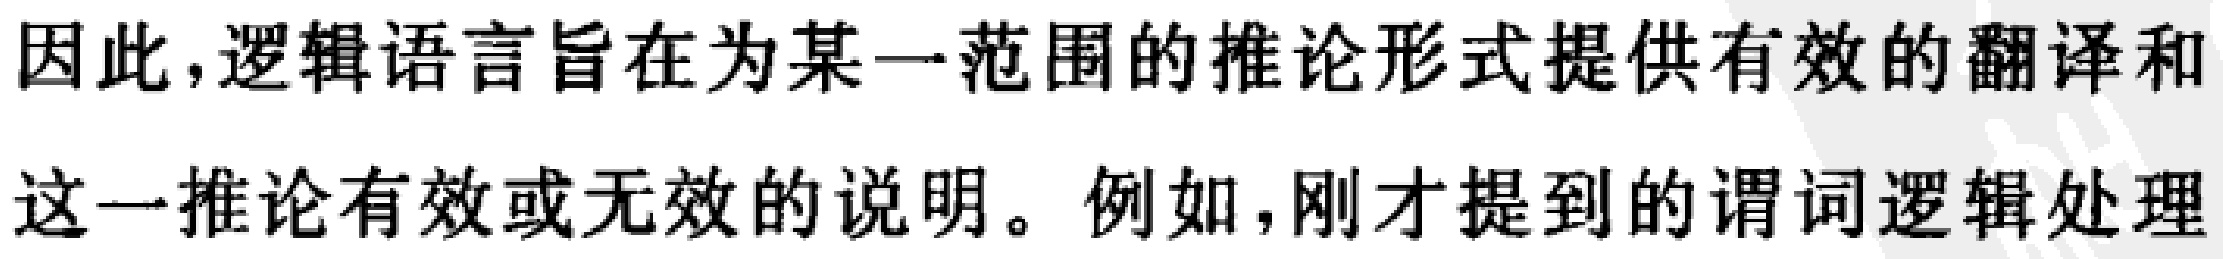
因此,逻辑语言旨在为某一范围的推论形式提供有效的翻译和
这一推论有效或无效的说明。例如,刚才提到的谓词逻辑处理